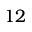
1 2